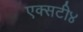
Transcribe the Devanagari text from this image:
एक्सटी४